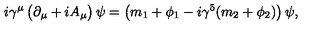
i \gamma ^ { \mu } \left( \strut \partial _ { \mu } + i A _ { \mu } \right) \psi = \left( \strut m _ { 1 } + \phi _ { 1 } - i \gamma ^ { 5 } ( m _ { 2 } + \phi _ { 2 } ) \right) \psi ,